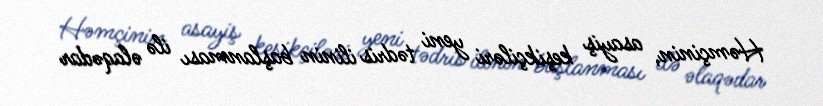
Həmçinin, asayiş keşikçiləri yeni tədris ilinin başlanması ilə əlaqədar